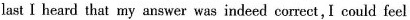
last I heard that my answer was indeed correct,I could feel